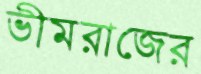
ভীমরাজের